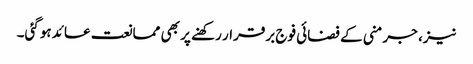
نیز، جرمنی کے فضائی فوج برقرار رکھنے پر بھی ممانعت عائد ہوگئی۔